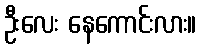
ဦးလေး နေကောင်းလား။